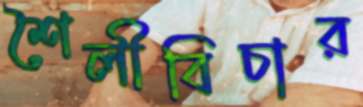
শৈলীবিচার